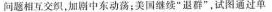
问题相互交织，加剧中东动荡；美国继续”退群”，试图通过单